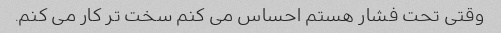
وقتی تحت فشار هستم احساس می کنم سخت تر کار می کنم.